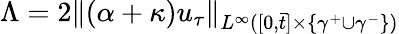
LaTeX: \Lambda=2\| (\alpha+\kappa)u_{\tau}\| _{L^{\infty}([0,\bar{t}]\times\lbrace\gamma^{+}\cup\gamma^{-}\rbrace)}